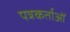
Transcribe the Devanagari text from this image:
पत्रकर्ताओं